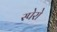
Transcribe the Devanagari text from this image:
स्पेरो